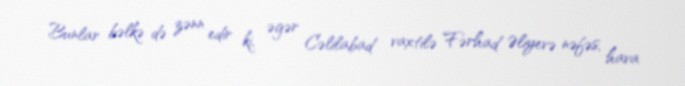
Bunlar bəlkə də zənn edir ki, əgər Cəlilabad vaxtilə Fərhad Əliyevə nəfəs, hava